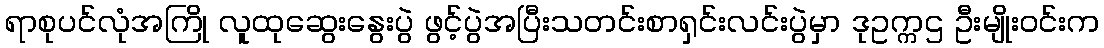
ရာစုပင်လုံအကြို လူထုဆွေးနွေးပွဲ ဖွင့်ပွဲအပြီးသတင်းစာရှင်းလင်းပွဲမှာ ဒုဥက္ကဌ ဦးမျိုးဝင်းက